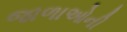
જાળાઓની